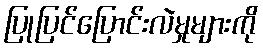
ပြုပြင်ပြောင်းလဲမှုများကို